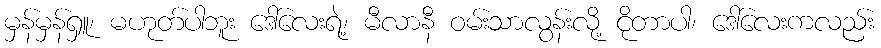
မှန်မှန်ရှူ၊ မဟုတ်ပါဘူး ဒေါ်လေးရဲ့၊ မီလာနီ ဝမ်းသာလွန်းလို့ ငိုတာပါ၊ ဒေါ်လေးကလည်း